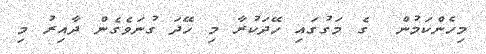
މިހެންކަމުން  ގެ މަގުގައި ހޭދަކުރާ މި ހޭދަ ގުނަވެގެން ދާއިރު މި